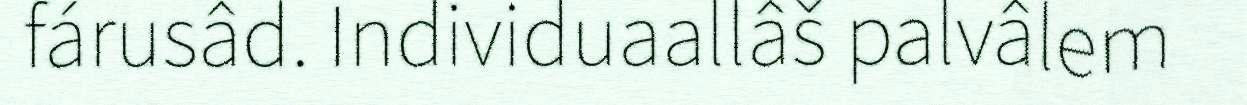
fárusâd. Individuaallâš palvâlem